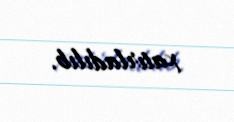
xatırladılıb.